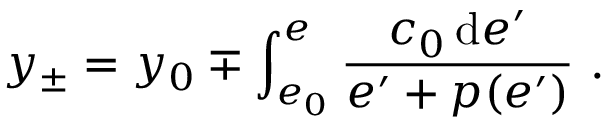
y _ { \pm } = y _ { 0 } \mp \int _ { e _ { 0 } } ^ { e } \frac { c _ { 0 } \, \mathrm { d } e ^ { \prime } } { e ^ { \prime } + p ( e ^ { \prime } ) } ~ .